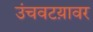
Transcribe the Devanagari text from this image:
उंचवटय़ावर